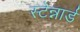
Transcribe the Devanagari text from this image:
स्टेन्नार्ड